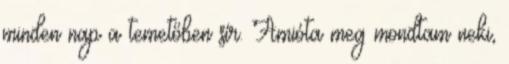
minden nap a temetőben sír. Amióta meg mondtam neki,